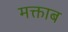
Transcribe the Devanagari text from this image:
मक्ताब